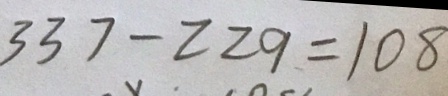
3 3 7 - 2 2 9 = 1 0 8